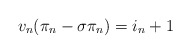
\begin{align*}v_n(\pi_n - \sigma \pi_n) = i_n+1\end{align*}